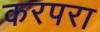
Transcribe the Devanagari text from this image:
करपरा